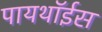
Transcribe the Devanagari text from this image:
पायथॉईस